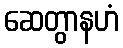
ဆေတွာနဟံ